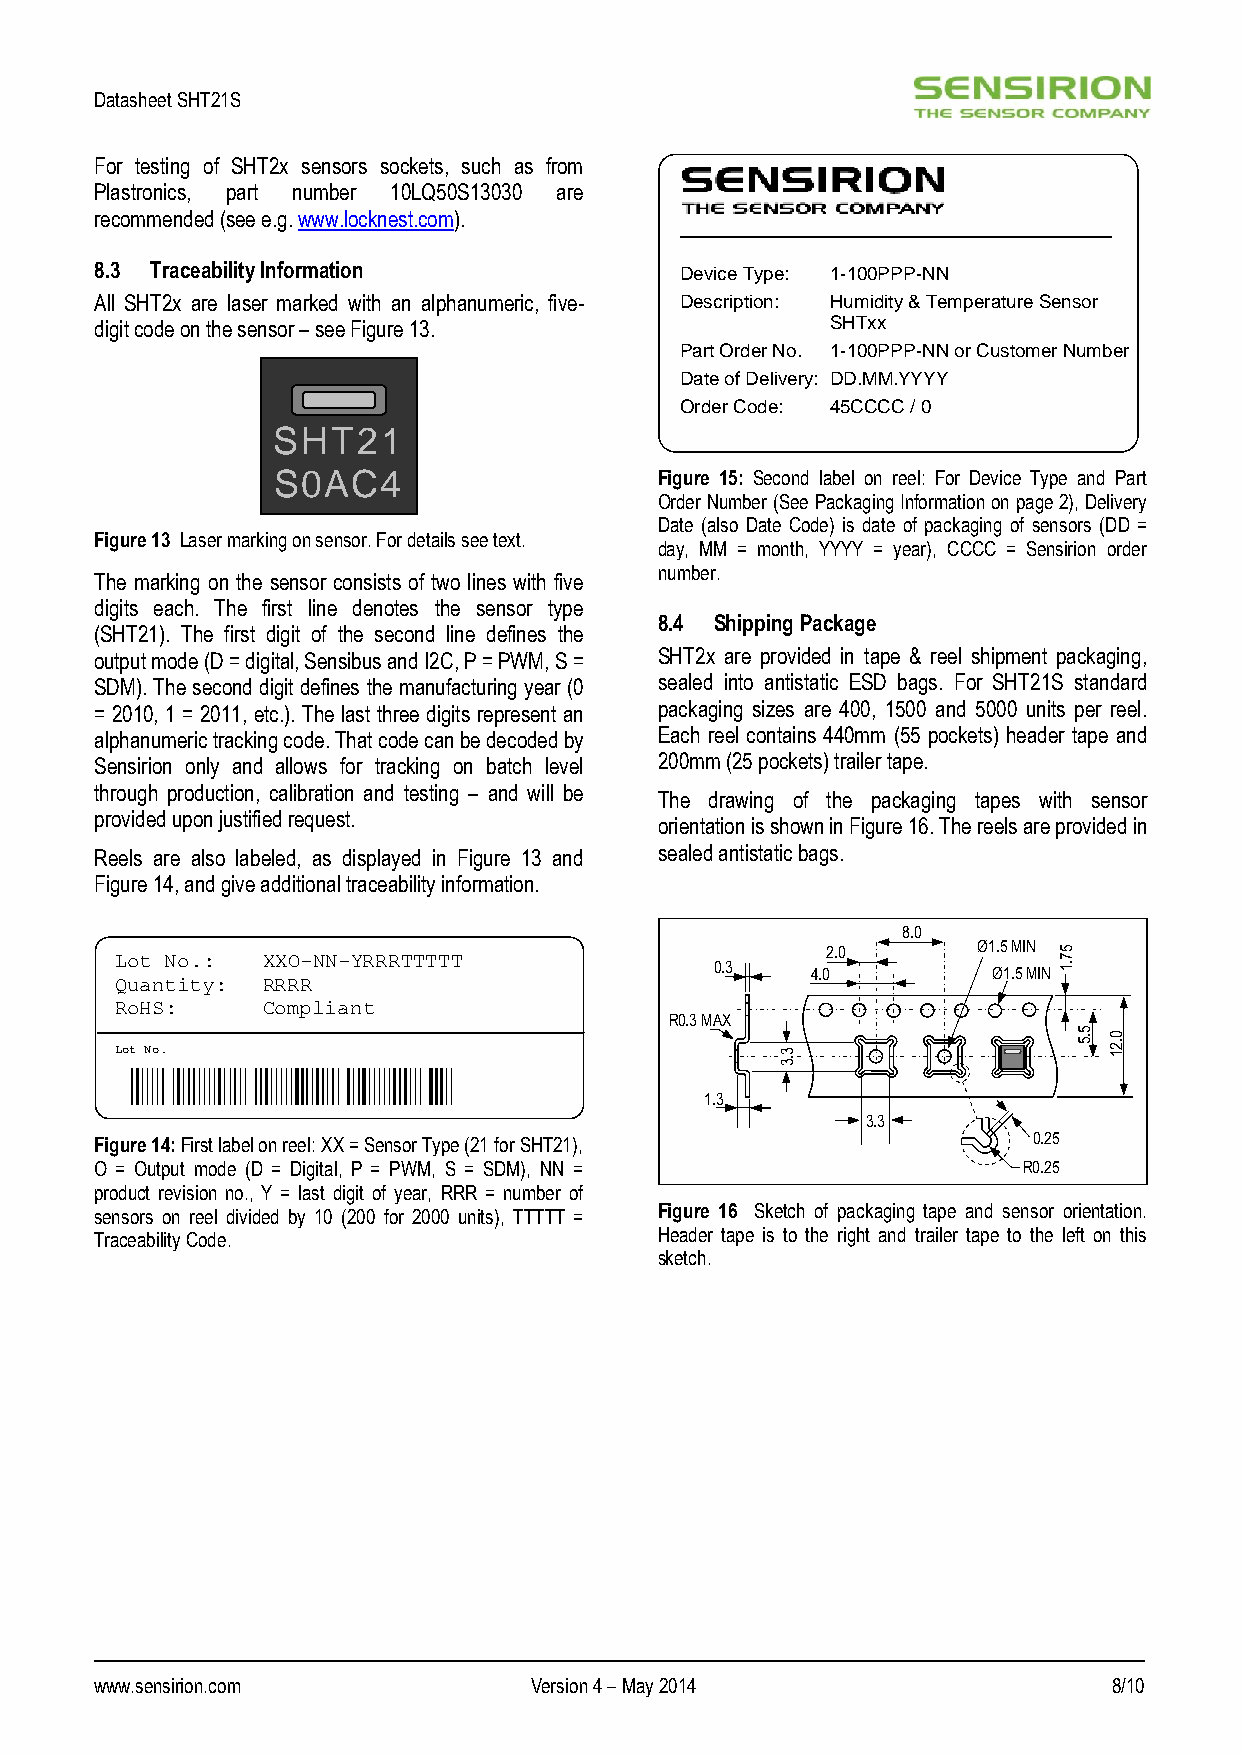
Datasheet SHT21S
 For testing of SHT2x sensors sockets, such as from
 Plastronics, part number 10LQ50S13030 are
 recommended (see e.g. www.locknest.com).
 8.3 Traceability Information           Device Type: 1-100PPP-NN
 All SHT2x are laser marked with an alphanumeric, five- Description: Humidity & Temperature Sensor
 digit code on the sensor – see Figure 13.        SHTxx
 Part Order No. 1-100PPP-NN or Customer Number
 Date of Delivery: DD.MM.YYYY
 Order Code: 45CCCC / 0
 SHT21
 S0AC4                     Figure 15: Second label on reel: For Device Type and Part
 Order Number (See Packaging Information on page 2), Delivery
 Date (also Date Code) is date of packaging of sensors (DD =
 Figure 13 Laser marking on sensor. For details see text.
 day, MM = month, YYYY = year), CCCC = Sensirion order
 number.
 The marking on the sensor consists of two lines with five
 digits each. The first line denotes the sensor type
 8.4 Shipping Package
 (SHT21). The first digit of the second line defines the
 output mode (D = digital, Sensibus and I2C, P = PWM, S = SHT2x are provided in tape & reel shipment packaging,
 SDM). The second digit defines the manufacturing year (0 sealed into antistatic ESD bags. For SHT21S standard
 = 2010, 1 = 2011, etc.). The last three digits represent an packaging sizes are 400, 1500 and 5000 units per reel.
 alphanumeric tracking code. That code can be decoded by Each reel contains 440mm (55 pockets) header tape and
 Sensirion only and allows for tracking on batch level 200mm (25 pockets) trailer tape.
 through production, calibration and testing – and will be
 The drawing of the packaging tapes with sensor
 provided upon justified request.
 orientation is shown in Figure 16. The reels are provided in
 Reels are also labeled, as displayed in Figure 13 and sealed antistatic bags.
 Figure 14, and give additional traceability information.
 8.0
 Lot No.: XXO-NN-YRRRTTTTT                      2.0       Ø1.5 MIN 5 7
 0.3    4.0         Ø1.5 MIN .1
 Quantity: RRRR
 RoHS:    Compliant
 R0.3 MAX
 Lot No.                                     3 .3               5 .5 0 .2 1
 1.3
 3.3
 Figure 14: First label on reel: XX = Sensor Type (21 for SHT21), 0.25
 O = Output mode (D = Digital, P = PWM, S = SDM), NN =         R0.25
 product revision no., Y = last digit of year, RRR = number of
 sensors on reel divided by 10 (200 for 2000 units), TTTTT = Figure 16 Sketch of packaging tape and sensor orientation.
 Traceability Code.                    Header tape is to the right and trailer tape to the left on this
 sketch.
 www.sensirion.com            Version 4 – May 2014                   8/10